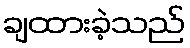
ချထားခဲ့သည်